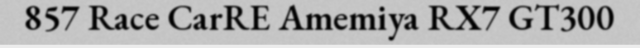
857 Race CarRE Amemiya RX7 GT300